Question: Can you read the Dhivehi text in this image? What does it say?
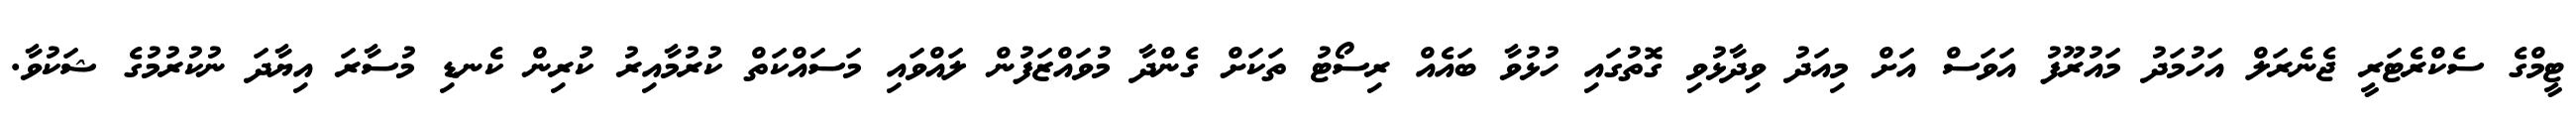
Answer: ޓީމްގެ ސެކްރެޓަރީ ޖެނެރަލް އަހުމަދު މައުރޫފު އަވަސް އަށް މިއަދު ވިދާޅުވި ގޮތުގައި ހުޅުވާ ބައެއް ރިސޯޓު ތަކަށް ގެންދާ މުވައްޒަފުން ލައްވައި މަސައްކަތް ކުރުމާއިރު ކުރިން ކެނޑި މުސާރަ އިޔާދަ ނުކުރުމުގެ ޝަކުވާ.